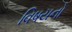
વિષયનો